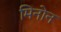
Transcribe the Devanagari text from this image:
मिनोन